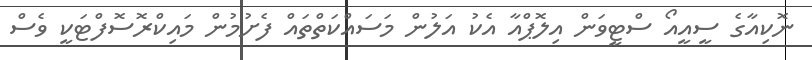
ނޮކިއާގެ ސީއީއޯ ސްޓީވަން އިލޮޕްއާ އެކު އަލުން މަސައްކަތްތައް ފެށުމުން މައިކްރޮސޮފްޓަކީ ވެސް